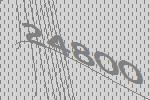
24800